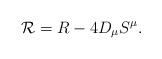
LaTeX: \begin{align*}{\cal R} = R - 4{D}_\mu S^\mu .\end{align*}